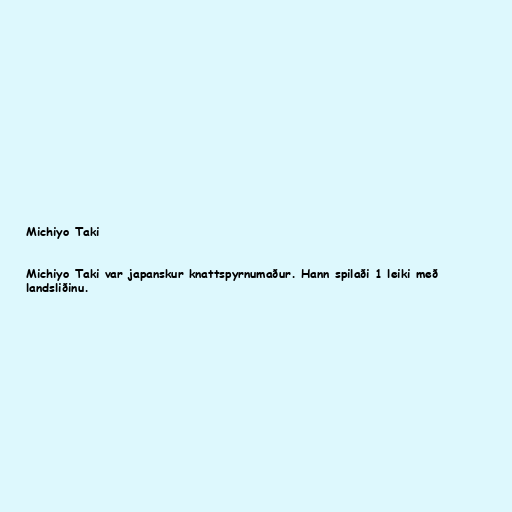
Michiyo Taki

Michiyo Taki var japanskur knattspyrnumaður. Hann spilaði 1 leiki með
landsliðinu.